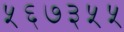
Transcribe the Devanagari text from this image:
५६७३५५